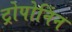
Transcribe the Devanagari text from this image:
ट्रोपोनिंन